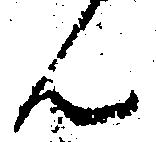
ん